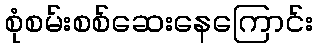
စုံစမ်းစစ်ဆေးနေကြောင်း